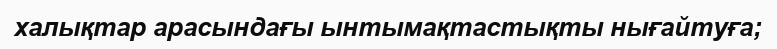
халықтар арасындағы ынтымақтастықты нығайтуға;